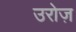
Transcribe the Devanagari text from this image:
उरोज़